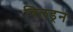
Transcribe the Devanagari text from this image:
चिलड्रन